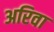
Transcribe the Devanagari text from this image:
अरिवा